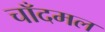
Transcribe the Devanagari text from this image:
चाँदमल